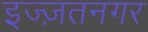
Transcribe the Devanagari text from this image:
इज्ज़तनगर